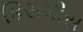
કિસમીસ